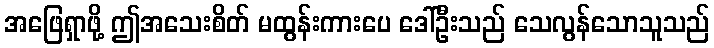
အဖြေရှာဖို့ ဤအသေးစိတ် မထွန်းကားပေ ဒေါ်ဦးသည် သေလွန်သောသူသည်